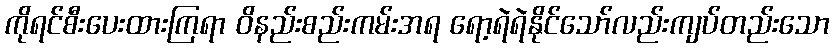
ကိုရင်စီးပေးထားကြရာ ဝိနည်းစည်းကမ်းအရ ရော့ရဲရဲနိုင်သော်လည်းကျပ်တည်းသော